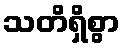
သတိရှိစွာ